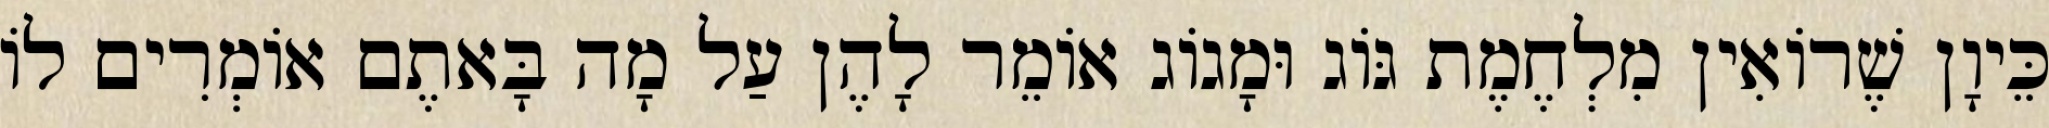
כֵּיוָן שֶׁרוֹאִין מִלְחֶמֶת גּוֹג וּמָגוֹג אוֹמֵר לָהֶן עַל מָה בָּאתֶם אוֹמְרִים לוֹ